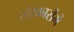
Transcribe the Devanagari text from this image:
संस्कारोंमें